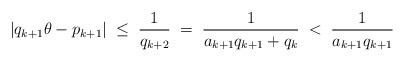
LaTeX: \begin{align*} |q_{k+1}\theta -p_{k+1}|\;\leq\;\frac{1}{q_{k+2}}\;=\;\frac{1}{a_{k+1}q_{k+1}+q_k}\;<\;\frac{1}{a_{k+1}q_{k+1}}\end{align*}